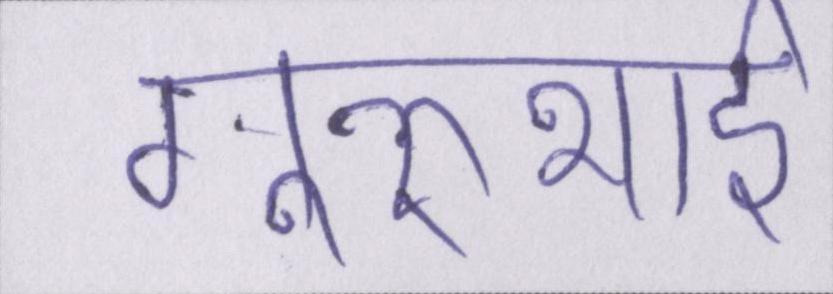
गुरुभाई